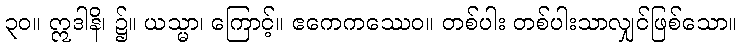
၃၀။ ဣဒါနိ၊ ၌။ ယသ္မာ၊ ကြောင့်။ ဧကေကဿေဝ။ တစ်ပါး တစ်ပါးသာလျှင်ဖြစ်သော။